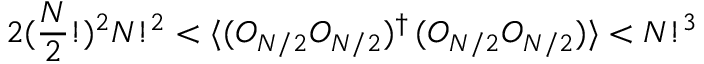
2 ( \frac { N } { 2 } ! ) ^ { 2 } N ! ^ { 2 } < \langle ( O _ { N / 2 } O _ { N / 2 } ) ^ { \dagger } \, ( O _ { N / 2 } O _ { N / 2 } ) \rangle < N ! ^ { 3 }